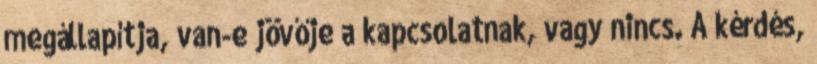
megállapítja, van-e jövője a kapcsolatnak, vagy nincs. A kérdés,